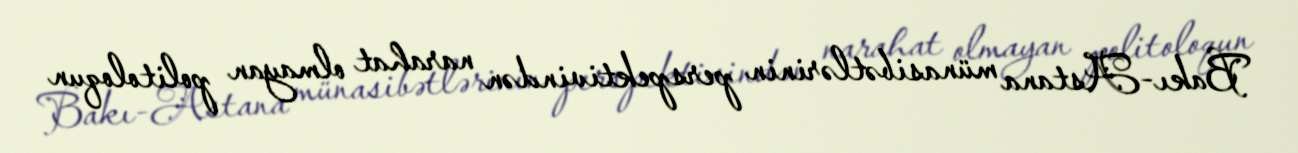
Bakı-Astana münasibətlərinin perspektivindən narahat olmayan politoloqun